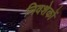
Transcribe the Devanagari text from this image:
निवशेकों